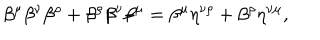
\beta ^ { \mu } \beta ^ { \nu } \beta ^ { \rho } + \beta ^ { \rho } \beta ^ { \nu } \beta ^ { \mu } = \beta ^ { \mu } \eta ^ { \nu \rho } + \beta ^ { \rho } \eta ^ { \nu \mu } ,